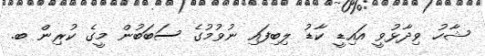
ޝާހު ވިދާޅުވީ އައިޑީ ކާޑު ލިބިފައި ނުވުމުގެ ސަބަބުން މީގެ ކުރިން ބ.